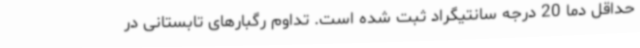
حداقل دما 20 درجه سانتیگراد ثبت شده است. تداوم رگبارهای تابستانی در